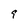
Character: 9